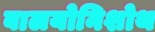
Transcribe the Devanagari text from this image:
बालयोनिशोथ